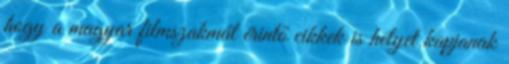
hogy a magyar filmszakmát érintő cikkek is helyet kapjanak